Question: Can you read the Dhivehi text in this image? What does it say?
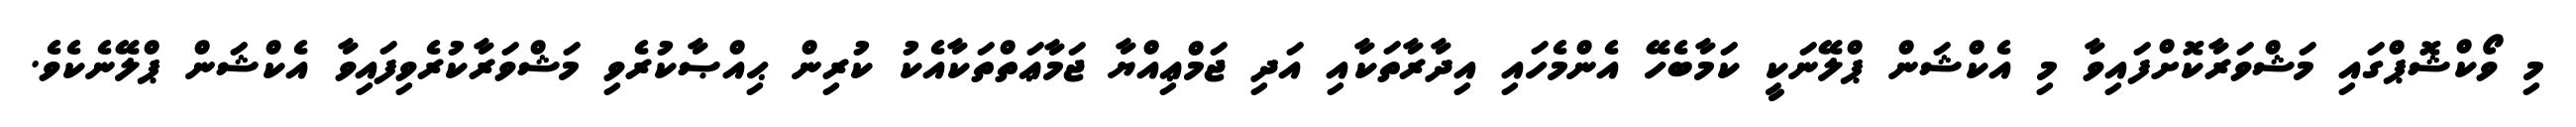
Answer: މި ވޯކްޝޮޕްގައި މަޝްވަރާކޮށްފައިވާ މި އެކްޝަން ޕްލޭނަކީ ކަމާބެހޭ އެންމެހައި އިދާރާތަކާއި އަދި ޖަމްޢިއްޔާ ޖަމާޢަތްތަކާއެކު ކުރިން ޙިއްޞާކުރެވި މަޝްވަރާކުރެވިފައިވާ އެކްޝަން ޕްލޭނެކެވެ.